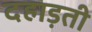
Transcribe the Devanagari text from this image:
दहाड़ती